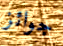
جوائز